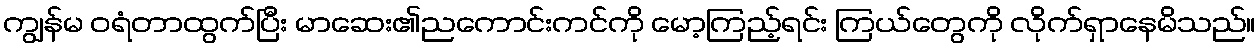
ကျွန်မ ဝရံတာထွက်ပြီး မာဆေး၏ညကောင်းကင်ကို မော့ကြည့်ရင်း ကြယ်တွေကို လိုက်ရှာနေမိသည်။